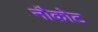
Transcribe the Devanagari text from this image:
नौकोट